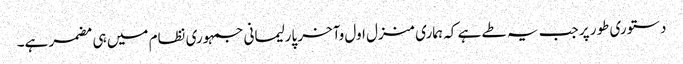
دستوری طور پر جب یہ طے ہے کہ ہماری منزل اول وآخر پارلیمانی جمہوری نظام میں ہی مضمر ہے۔